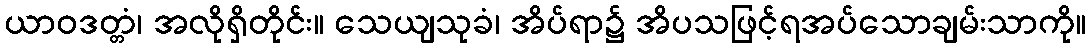
ယာဝဒတ္တံ၊ အလိုရှိတိုင်း။ သေယျသုခံ၊ အိပ်ရာ၌ အိပသဖြင့်ရအပ်သောချမ်းသာကို။